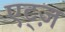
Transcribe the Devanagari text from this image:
एट्ज़